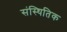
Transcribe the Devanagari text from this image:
संस्थितिक